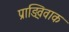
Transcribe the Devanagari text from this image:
प्राङ्विवाक